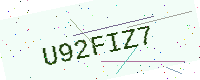
Text: U92FIZ7